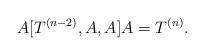
LaTeX: \begin{align*}A [T^{(n-2)} , A, A]A = T^{(n)} .\end{align*}